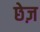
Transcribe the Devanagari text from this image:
छेज़